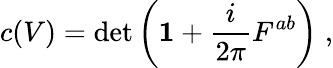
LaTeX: c(V)=\operatorname*{det}\left({\mathbf 1}+\frac{i}{2\pi}F^{ab}\right)\; ,